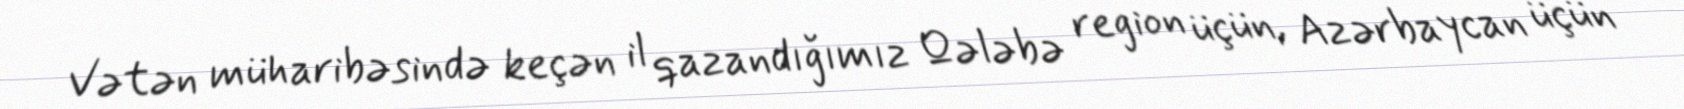
Vətən müharibəsində keçən il qazandığımız Qələbə region üçün, Azərbaycan üçün